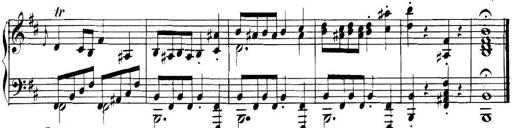
Title: Collected Piano Sonatas
Composer: Muzio Clementi